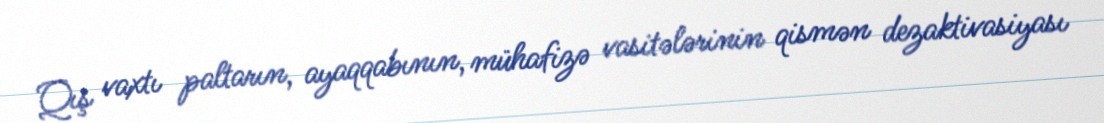
Qış vaxtı paltarın, ayaqqabının, mühafizə vasitələrinin qismən dezaktivasiyası